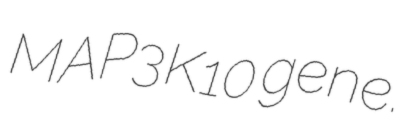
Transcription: MAP3K10 gene.